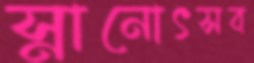
স্নানোৎসব